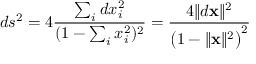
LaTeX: d s ^ { 2 } = 4 { \frac { \sum _ { i } d x _ { i } ^ { 2 } } { ( 1 - \sum _ { i } x _ { i } ^ { 2 } ) ^ { 2 } } } = { \frac { 4 \lVert d \mathbf { x } \rVert ^ { 2 } } { { \bigl ( } 1 - \lVert \mathbf { x } \rVert ^ { 2 } { \bigr ) } ^ { 2 } } }